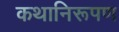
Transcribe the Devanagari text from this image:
कथानिरूपण